Report of the Bombay Veterinary College
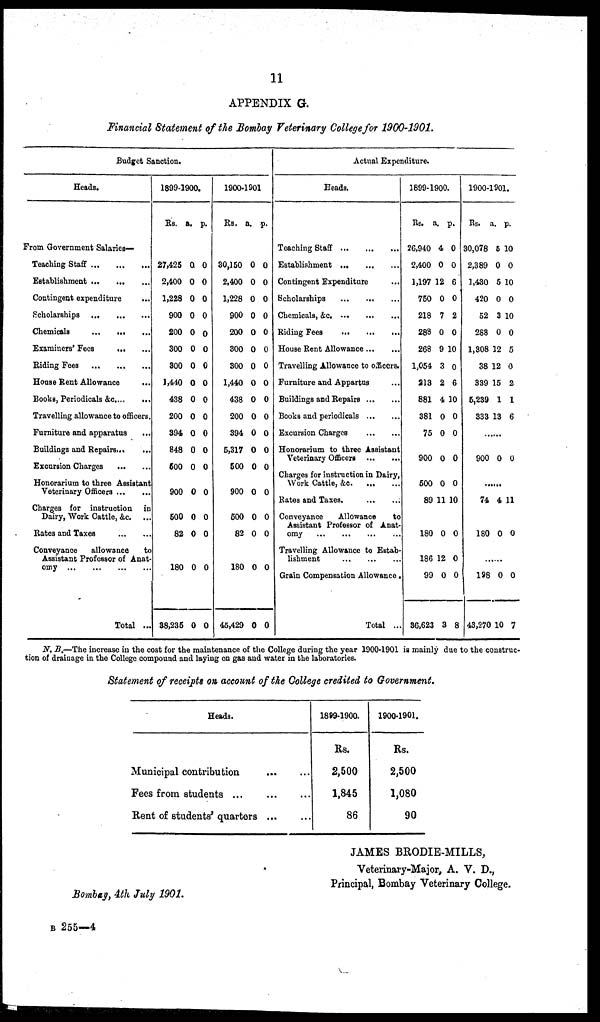
11
APPENDIX G.
Financial Statement of the Bombay Veterinary College for 1900-1901.
Budget Sanction.
Heads.
From Government Salaries-
Teaching Staff
Establishment
Contingent expenditure
Scholarships
Chemicals
...
Examiners' Fees
Riding Fees
House Rent Allowance
Books, Periodicals &c
Travelling allowance to officers.
Furniture and apparatus
...
Buildings and Repairs
Excursion Charges
Honorarium to three Assistant
Veterinary Officers
Charges for instruction in
Dairy, Work Cattle, &c.
Rates and Taxes
Conveyance
allowance
to
Assistant Professor of Anat-
omy
Total ...
1899-1900.
Rs.
27,425
2,400
1,228
900
200
300
300
1,440
438
200
394
848
500
900
500
82
180
38,235
a.
0
0
0
0
0
0
0
0
0
0
0
0
0
0
0
0
0
0
p.
0
0
0
0
0
0
0
0
0
0
0
0
0
0
0
0
0
0
1900-1901
Rs.
30,150
2,400
1,228
900
200
300
300
1,440
438
200
394
5,317
500
900
500
82
180
45,429
a.
0
0
0
0
0
0
0
0
0
0
0
0
0
0
0
0
0
0
p.
0
0
0
0
0
0
0
0
0
0
0
0
0
0
0
0
0
0
Actual Expenditure.
Heads.
Teaching Staff
Establishment
Contingent Expenditure
Scholarships
Chemicals, &c. ...
Riding Fees
House Rent Allowance
Travelling Allowance to officers.
Furniture and Appartus
Buildings and Repairs
Books and periodicals
Excursion Charges
Honorarium to three Assistant
Veterinary Officers
.
Charges for instruction in Dairy,
Work Cattle, &c
Rates and Taxes.
Conveyance
Allowance
to
Assistant Professor of Anat-
omy
Travelling Allowance to Estab-
lishment
Grain Compensation Allowance.
Total ...
1899-1900.
RS.
26,940
2,400
1,197
750
218
288
268
1,054
213
881
381
75
900
500
89
180
186
99
36,623
a.
4
0
12
0
7
0
9
3
2
4
0
0
0
0
11
0
12
0
3
p.
0
0
6
0
2
0
10
0
6
10
0
0
0
0
10
0
0
0
8
1900-1901.
Rs.
30,078
2,389
1,430
420
52
288
1,308
38
339
5,239
333
900
74
180
198
43,270
a
5
0
5
0
3
0
12
12
15
1
13
0
4
0
0
10
p.
10
0
10
0
10
0
5
0
2
1
6
0
11
0
0
7
N. B.—The increase in the cost for the maintenance of the College during the year 1900-1901 is mainly due to the construc-
tion of drainage in the College compound and laying on gas and water in the laboratories.
Statement of receipts on account of the College credited to Government.
Heads.
Municipal contribution
Fees from students ...
Rent of students' quarters ...
1899-1900.
Rs.
2,500
1,845
86
1900-1901.
Rs.
2,500
1,080
90
JAMES BRODIE-MILLS,
Veterinary-Major, A. V. D.,
Principal, Bombay Veterinary College.
Bombay, 4th July 1901.
B 255—4